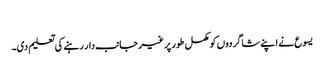
‏
یسوع نے اپنے شاگردوں کو مکمل طور پر غیرجانب‌دار رہنے کی تعلیم دی۔